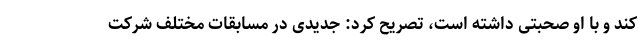
کند و با او صحبتی داشته است، تصریح کرد: جدیدی در مسابقات مختلف شرکت